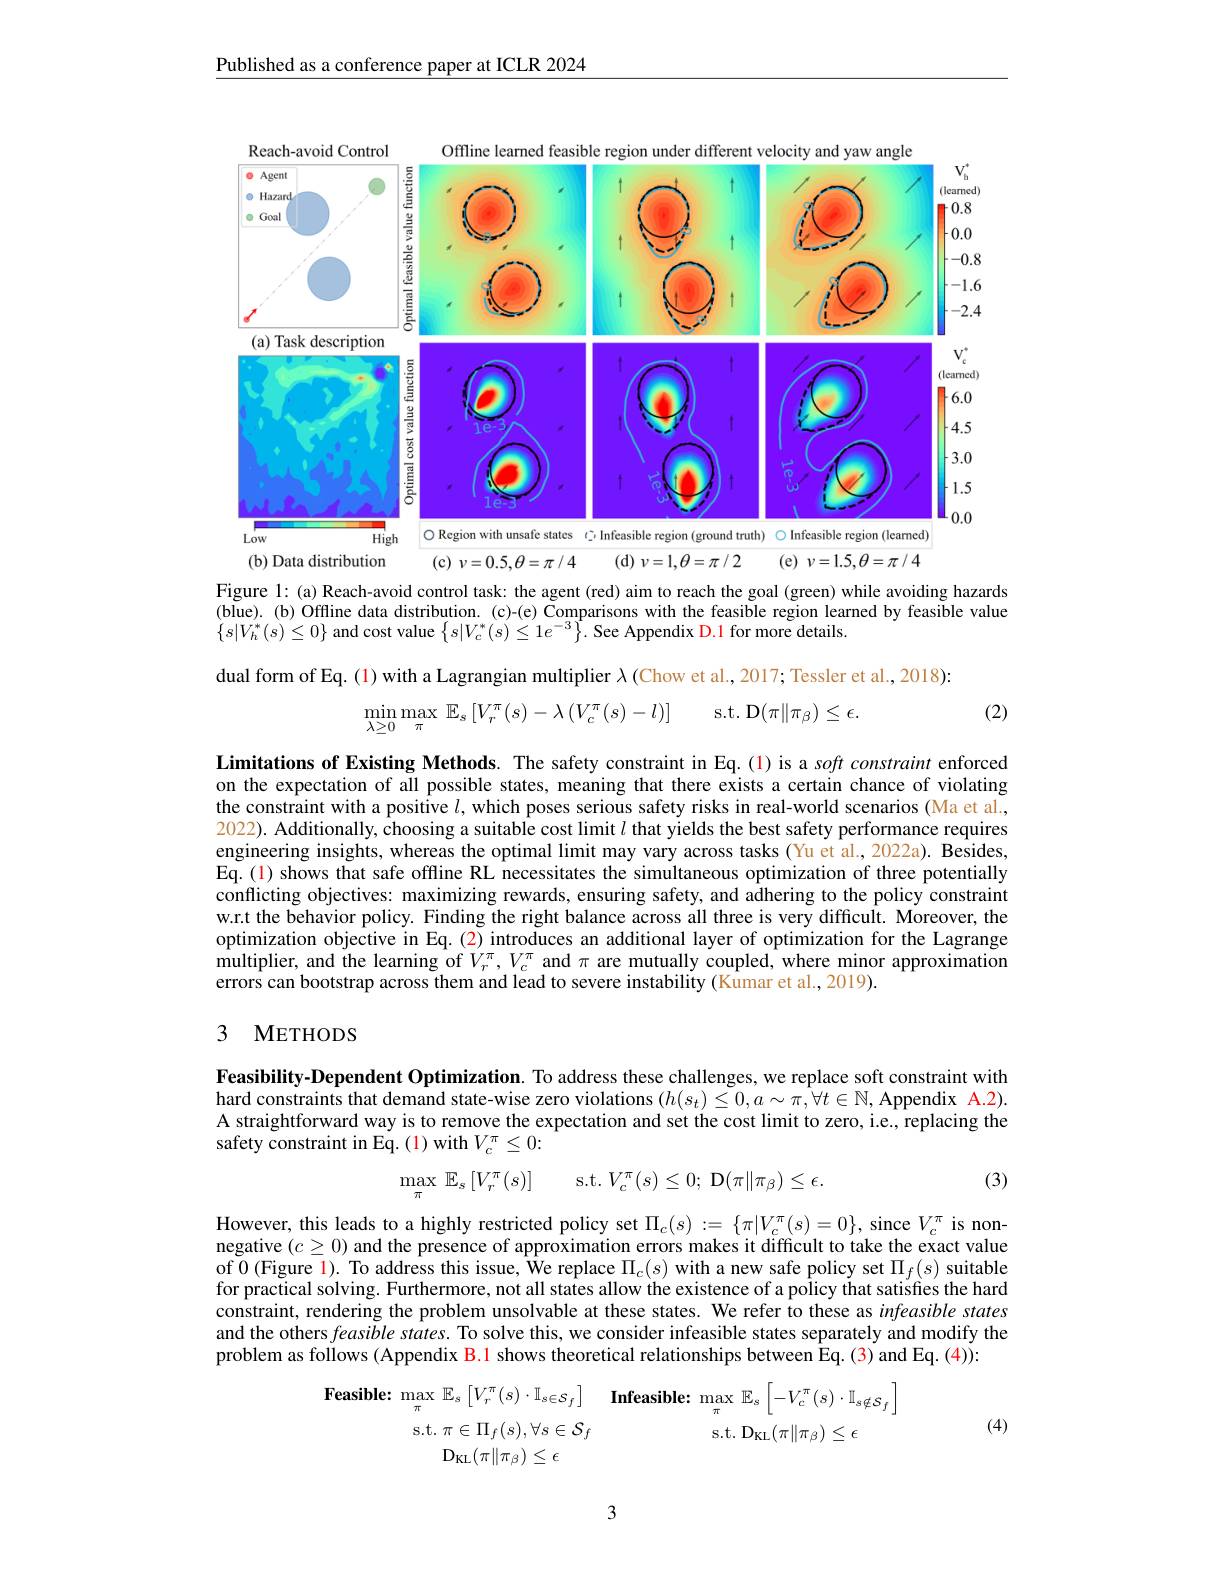
Published as a conference paper at ICLR 2024

<FigureHere>

(d$)\nu=1,\theta=\pi/2$

(e) $v=1.5,\theta=\pi/4$

(b) Data distribution

(c$)\nu=0.5,\theta=\pi/4$

Figure 1: (a) Reach-avoid control task: the agent (red) aim to reach the goal (green) while avoiding hazards (blue).(b) Offline data distribution.(c)-(e) Comparisons with the feasible region learned by feasible value $\left\{s|V_{h}^{*}(s)\leq0\right\}$and cost value$\left\{s|V_{c}^{*}(s)\leq1e^{-3}\right\}.$See Appendix D.1 for more details.

dual form of Eq. (1) with a Lagrangian multiplier $\lambda$ (Chow et al., 2017; Tessler et al., 2018):
$$\operatorname*{min}_{\lambda\geq0}\operatorname*{max}_{\pi}\:\mathbb{E}_{s}\left[V_{r}^{\pi}(s)-\lambda\left(V_{c}^{\pi}(s)-l\right)\right]\quad\mathrm{s.t.}\:\mathbf{D}(\pi\|\pi_{\beta})\leq\epsilon.$$
(2)

Limitations of Existing Methods. The safety constraint in Eq.(1) is a soft constraint enforced on the expectation of all possible states, meaning that there exists a certain chance of violating the constraint with a positive $l$, which poses serious safety risks in real-world scenarios (Ma et al., 2022). Additionally, choosing a suitable cost limit $l$ that yields the best safety performance requires engineering insights, whereas the optimal limit may vary across tasks (Yu et al., 2022a). Besides, Eq.(1) shows that safe offline RL necessitates the simultaneous optimization of three potentially conflicting objectives: maximizing rewards, ensuring safety, and adhering to the policy constraint w.r.t the behavior policy. Finding the right balance across all three is very difficult. Moreover, the optimization objective in Eq.(2) introduces an additional layer of optimization for the Lagrange $\hat{\text{multiplier, and the learning of }V_r^\pi,V_c^\pi}$ and $\pi$ are mutually coupled, where minor approximation errors can bootstrap across them and lead to severe instability (Kumar et al.,2019).

### 3 METHODS

Feasibility-Dependent Optimization. To address these challenges, we replace soft constraint with hard constraints that demand state-wise zero violations $(h(s_t)\leq0,a\sim\pi,\forall t\in\mathbb{N}$, Appendix A.2). A straightforward way is to remove the expectation and set the cost limit to zero, i.e., replacing the safety constraint in Eq. (1) with $V_c^\pi\leq0:$
(3)
$$\max_{\pi}\:\mathbb{E}_{s}\left[V_{r}^{\pi}(s)\right]\quad\mathrm{s.t.}\:V_{c}^{\pi}(s)\leq0;\:\mathrm{D}(\pi\|\pi_{\beta})\leq\epsilon.$$
However, this leads to a highly restricted policy set $\Pi_{c}(s):=\{\pi|V_{c}^{\pi}(s)=0\}$, since $V_{c}^{\pi}$ is nonnegative $(c\geq0)$ and the presence of approximation errors makes it difficult to take the exact value of $\tilde{0}$ (Figure 1). To address this issue, We replace $\Pi_c(s)$ with a new safe policy set $\Pi_f(s)$ suitable for practical solving. Furthermore, not all states allow the existence of a policy that satisfies the hard constraint, rendering the problem unsolvable at these states. We refer to these as infeasible states and the others feasible states. To solve this, we consider infeasible states separately and modify the problem as follows (Appendix B.1 shows theoretical relationships between Êq. (3) and Eq. (4)):
$$\begin{aligned}&\operatorname*{max}_{\pi}\:\mathbb{E}_{s}\:\left[V_{r}^{\pi}(s)\cdot\mathbb{I}_{s\in\mathcal{S}_{f}}\right]\quad\mathbf{Infeasible:}\:\operatorname*{max}_{\pi}\:\mathbb{E}_{s}\:\left[-V_{c}^{\pi}(s)\cdot\mathbb{I}_{s\notin\mathcal{S}_{f}}\right]\\&\mathrm{s.t.}\:\pi\in\Pi_{f}(s),\forall s\in\mathcal{S}_{f}\quad\mathrm{s.t.}\:\mathrm{D}_{\mathrm{KL}}(\pi\|\pi_{\beta})\leq\epsilon\\&\mathrm{D}_{\mathrm{KL}}(\pi\|\pi_{\beta})\leq\epsilon\end{aligned}$$
(4)

3